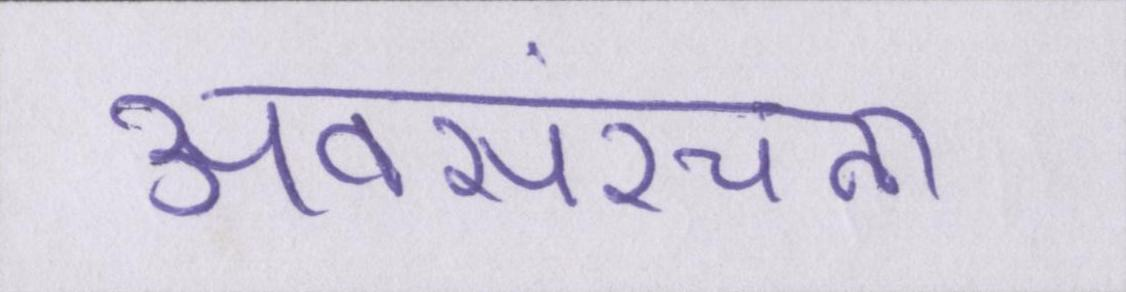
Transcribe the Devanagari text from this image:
अवसंरचना